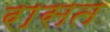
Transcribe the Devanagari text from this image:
रासत